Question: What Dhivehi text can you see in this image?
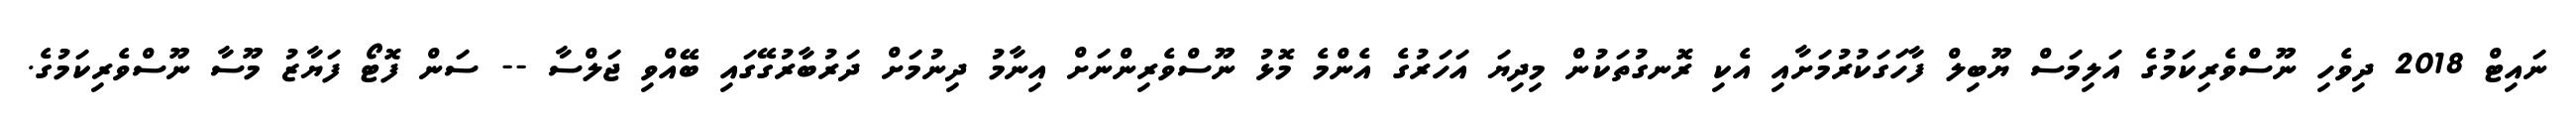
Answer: ނައިޓް 2018 ދިވެހި ނޫސްވެރިކަމުގެ އަލިމަސް ޔޫބިލް ފާހަގަކުރުމަށާއި އެކި ރޮނގުތަކުން މިދިޔަ އަހަރުގެ އެންމެ މޮޅު ނޫސްވެރިންނަށް އިނާމު ދިނުމަށް ދަރުބާރުގޭގައި ބޭއްވި ޖަލްސާ -- ސަން ފޮޓޯ ފަޔާޒު މޫސާ ނޫސްވެރިކަމުގެ.